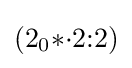
(2_{0}{*}{\cdot }2{:}2)